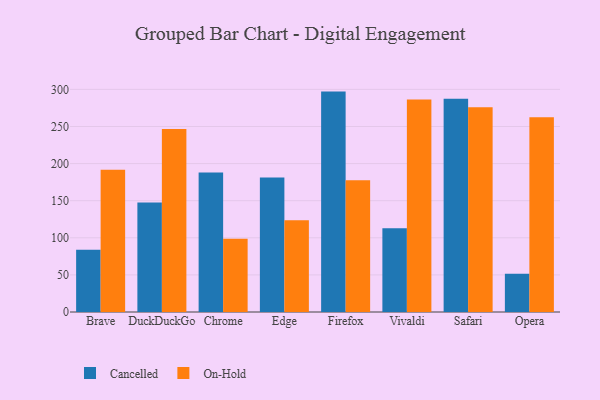
{"axis": {"x": "Browser", "y": "Waste Production (Tons)"}, "legend": ["Cancelled", "On-Hold"], "data": [{"x": "Brave", "y": 84.0, "type": "Cancelled"}, {"x": "Brave", "y": 191.8, "type": "On-Hold"}, {"x": "DuckDuckGo", "y": 147.6, "type": "Cancelled"}, {"x": "DuckDuckGo", "y": 246.5, "type": "On-Hold"}, {"x": "Chrome", "y": 187.9, "type": "Cancelled"}, {"x": "Chrome", "y": 98.8, "type": "On-Hold"}, {"x": "Edge", "y": 181.2, "type": "Cancelled"}, {"x": "Edge", "y": 123.5, "type": "On-Hold"}, {"x": "Firefox", "y": 297.0, "type": "Cancelled"}, {"x": "Firefox", "y": 177.5, "type": "On-Hold"}, {"x": "Vivaldi", "y": 112.9, "type": "Cancelled"}, {"x": "Vivaldi", "y": 286.3, "type": "On-Hold"}, {"x": "Safari", "y": 287.3, "type": "Cancelled"}, {"x": "Safari", "y": 275.8, "type": "On-Hold"}, {"x": "Opera", "y": 51.4, "type": "Cancelled"}, {"x": "Opera", "y": 262.3, "type": "On-Hold"}]}